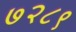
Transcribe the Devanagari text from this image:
७२८९